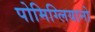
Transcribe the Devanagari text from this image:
पोमिग्लियानो